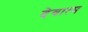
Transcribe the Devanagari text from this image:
देवात्म